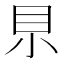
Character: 𡭨